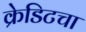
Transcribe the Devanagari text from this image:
क्रेडिटचा